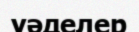
уәделер